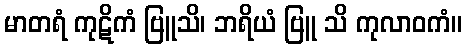
မာတရံ ကုဋိကံ ဗြူသိ၊ ဘရိယံ ဗြူ သိ ကုလာဝကံ။